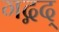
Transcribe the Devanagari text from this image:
गद्गद्